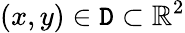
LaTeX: (x,y)\in\mathtt{D}\subset\mathbb{{R}}^{2}